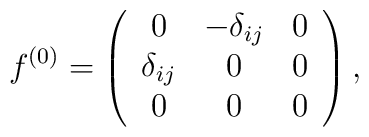
f^{(0)} = \left(\begin{array}{ccc}0           & -\delta_{ij} & 0 \\\delta_{ij} &         0     & 0 \\0           &         0     & 0\end{array}\right).